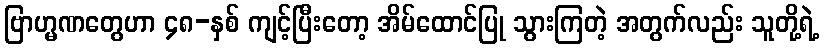
ဗြာဟ္မဏတွေဟာ ၄၈-နှစ် ကျင့်ပြီးတော့ အိမ်ထောင်ပြု သွားကြတဲ့ အတွက်လည်း သူတို့ရဲ့